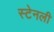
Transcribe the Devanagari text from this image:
स्‍टेनली